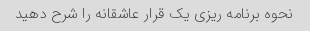
نحوه برنامه ریزی یک قرار عاشقانه را شرح دهید